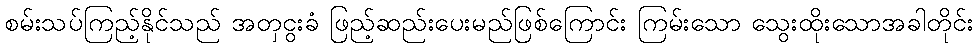
စမ်းသပ်ကြည့်နိုင်သည် အတှငွးခံ ဖြည့်ဆည်းပေးမည်ဖြစ်ကြောင်း ကြမ်းသော သွေးထိုးသောအခါတိုင်း